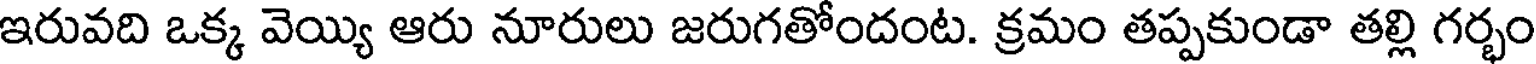
ఇరువది ఒక్క వెయ్యి ఆరు నూరులు జరుగతోందంట. క్రమం తప్పకుండా తల్లి గర్భం